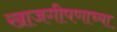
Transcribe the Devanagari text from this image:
खाजगीपणाच्या